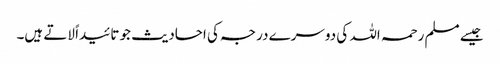
جیسے مسلم رحمہ اللہ کی دوسرے درجہ کی احادیث جو تائیداً لاتے ہیں۔